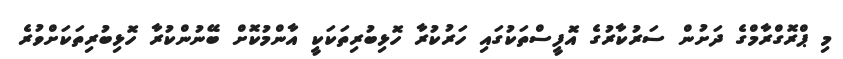
މި ޕްރޮގްރާމްގެ ދަށުން ސަރުކާރުގެ އޮފީސްތަކުގައި ހަރުކުރާ ހޮޅިބުރިތަކަކީ އާންމުކޮށް ބޭނުންކުރާ ހޮޅިބުރިތަކަށްވުރެ